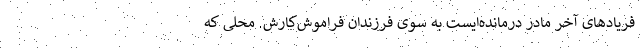
فریادهای آخر مادر درمانده‌ایست به سوی فرزندان فراموش‌کارش. محلی که